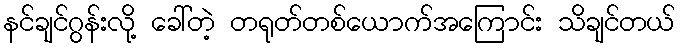
နင်ချင်ဂွန်းလို့ ခေါ်တဲ့ တရုတ်တစ်ယောက်အကြောင်း သိချင်တယ်